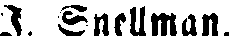
J. Snellman.